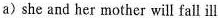
a) she and her mother will fall ill